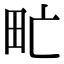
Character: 甿